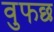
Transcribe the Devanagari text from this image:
वुफछ